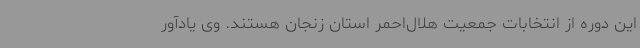
این دوره از انتخابات جمعیت هلال‌احمر استان زنجان هستند. وی یادآور